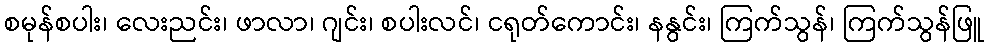
စမုန်စပါး၊ လေးညင်း၊ ဖာလာ၊ ဂျင်း၊ စပါးလင်၊ ငရုတ်ကောင်း၊ နနွင်း၊ ကြက်သွန်၊ ကြက်သွန်ဖြူ